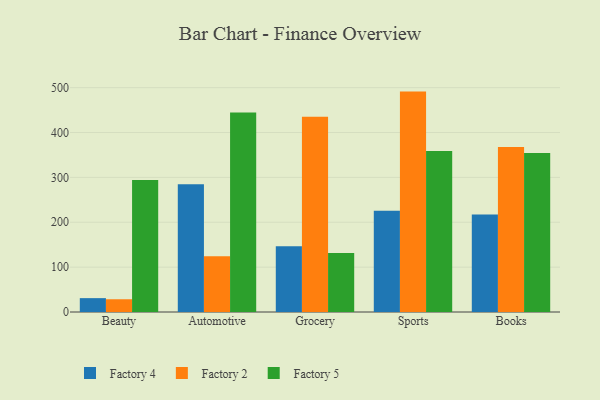
{"axis": {"x": "Category", "y": "Operating Costs (USD K)"}, "legend": ["Factory 2", "Factory 4", "Factory 5"], "data": [{"x": "Beauty", "y": 30.9, "type": "Factory 4"}, {"x": "Beauty", "y": 28.4, "type": "Factory 2"}, {"x": "Beauty", "y": 294.1, "type": "Factory 5"}, {"x": "Automotive", "y": 284.8, "type": "Factory 4"}, {"x": "Automotive", "y": 124.2, "type": "Factory 2"}, {"x": "Automotive", "y": 444.7, "type": "Factory 5"}, {"x": "Grocery", "y": 146.4, "type": "Factory 4"}, {"x": "Grocery", "y": 434.9, "type": "Factory 2"}, {"x": "Grocery", "y": 131.4, "type": "Factory 5"}, {"x": "Sports", "y": 225.7, "type": "Factory 4"}, {"x": "Sports", "y": 491.2, "type": "Factory 2"}, {"x": "Sports", "y": 358.7, "type": "Factory 5"}, {"x": "Books", "y": 217.3, "type": "Factory 4"}, {"x": "Books", "y": 368.0, "type": "Factory 2"}, {"x": "Books", "y": 354.4, "type": "Factory 5"}]}